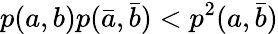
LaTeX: p(a,b)p(\bar{a},\bar{b})<p^{2}(a,\bar{b})